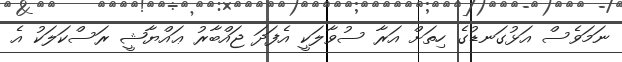
ނަމަވެސް އަޅުގަނޑުގެ ހިތަށް އަރާ ސުވާލަކީ އެފަދަ ޖައްބާރު ޢައްޔާޝީ ރަސްކަލަކު އެ